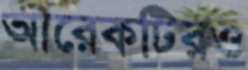
আরেকটিরও